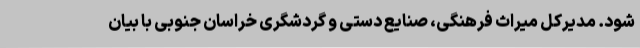
شود. مدیرکل میراث فرهنگی، صنایع دستی و گردشگری خراسان جنوبی با بیان